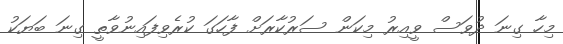
މިހާ ގިނަ ދުވަސް ވީއިރު މިކަން ސަރުކާރަށް ފާހަގަ ކުރެވިފައިނުވާތީ ގިނަ ބަޔަކު